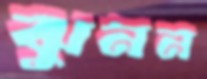
ঝুনন